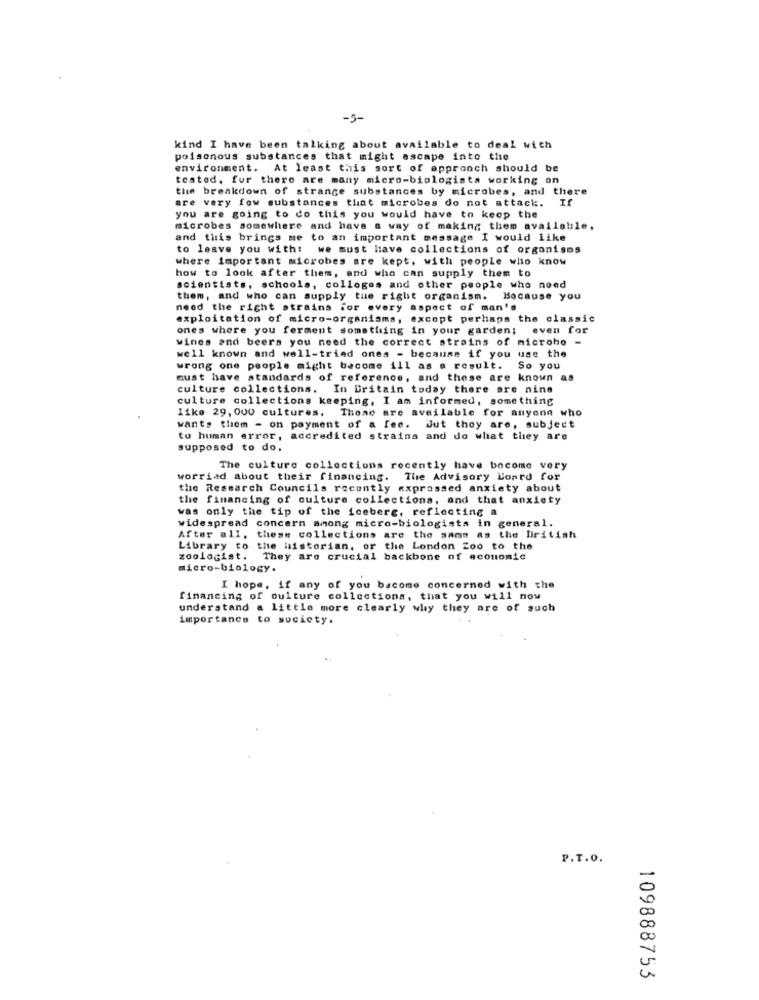
-5-
kind I have been talking about available to deal with
poisonous substances that might escape into the
environment. At least this sort of approach should be
tested, fur there are many micro-biologists working on
the breakdown of strange substances by microbes, and there
are very fow substances that microbes do not attack. If
you are going to do this you would have to keep the
microbes somewhere and have a way of making them available,
and this brings me to an important message I would like
to leave you with: we must have collections of organisms
where important microbes are kept, with people who know
how to look after them, and who can supply them to
scientists, schools, colleges and other people who need
them, and who can supply the right organism. Because you
need the right strains for every aspect of man's
exploitation of micro-organisms, except perhaps the classic
ones where you ferment something in your garden; even for
wines and beers you need the correct strains of microbo -
well known and well-tried ones - because if you use the
wrong one people might become ill as a result. So you
must have standards of reference, and these are known as
culture collections. In Britain today there are nine
culture collections keeping, I am informed, something
like 29, 000 cultures. These are available for anyone who
wants them - on payment of a fee. Jut they are, subject
to human error, accredited strains and do what they are
supposed to do.
The culture collections recently have become very
worried about their financing. The Advisory Loard for
the Research Councils recently expressed anxiety about
the financing of culture collections, and that anxiety
was only the tip of the iceberg, reflecting a
widespread concern among micro-biologists in general.
After all, these collections are the same as the british
Library to the historian, or the London Zoo to the
zoologist.
They are crucial backbone of economic
micro-biology.
I hope, if any of you bacome concerned with the
financing of culture collections, that you will now
understand a little more clearly why they are of such
importance to society.
P.T.O.
109888753